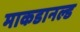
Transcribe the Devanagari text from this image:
माकडानल्ड